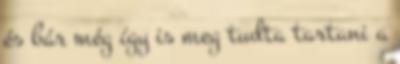
és bár még így is meg tudta tartani a